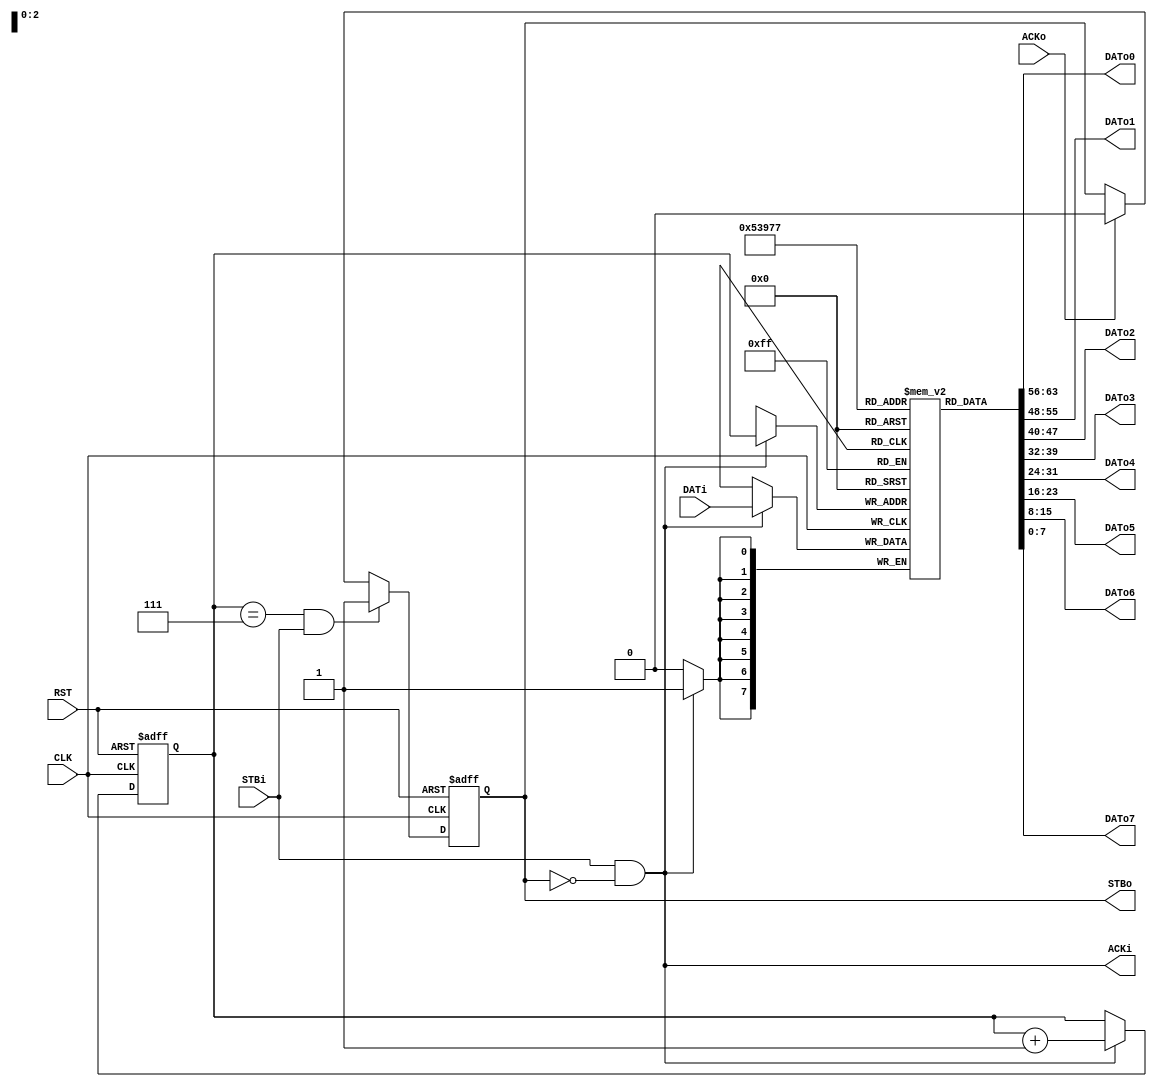
module MUX
(
input wire		CLK,
input wire		RST,

input wire	STBi,
input wire[7:0]	DATi,
output wire ACKi,

output reg STBo,
output wire [7:0] DATo0,
output wire [7:0] DATo1,
output wire [7:0] DATo2,
output wire [7:0] DATo3,
output wire [7:0] DATo4,
output wire [7:0] DATo5,
output wire [7:0] DATo6,
output wire [7:0] DATo7,
input wire ACKo
);

reg [7:0] RAM [0:7];

assign DATo0=RAM[0];
assign DATo1=RAM[1];
assign DATo2=RAM[2];
assign DATo3=RAM[3];
assign DATo4=RAM[4];
assign DATo5=RAM[5];
assign DATo6=RAM[6];
assign DATo7=RAM[7];


reg [2:0] index;
assign ACKi = STBi & ~STBo ;	 

always @(posedge CLK)
	if(ACKi) RAM[index]<=DATi;
	 
always @(posedge CLK or posedge RST)
		if(RST) index<=0;
			else if (ACKi) index<=(index+1);
			else index<=index;

always @(posedge CLK or posedge RST)
		if(RST) STBo<=0;
			else if (index==7 && STBi) STBo<=1;
			else if(ACKo) STBo <= 0;
			else STBo<=STBo;


endmodule